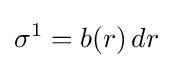
\sigma ^{1}=b(r)\,dr